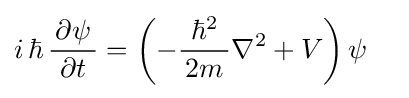
i\,\hbar \,{\frac {\,\partial \psi \,}{\partial t}}=\left(-{\frac {\hbar ^{2}}{\,2m\,}}\nabla ^{2}+V\right)\psi \quad